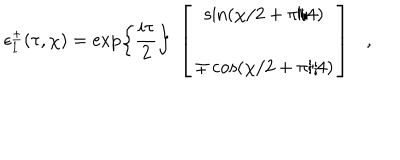
\epsilon _ { 1 } ^ { \pm } ( \tau , \chi ) = \exp \left\{ { \frac { i \tau } { 2 } } \right\} ~ \left[ \begin{array} { c } { { \sin ( \chi / 2 + \pi / 4 ) } } \\ { { \mp \cos ( \chi / 2 + \pi / 4 ) } } \\ \end{array} \right] ,